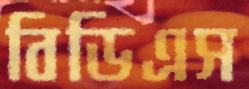
বিডিএস